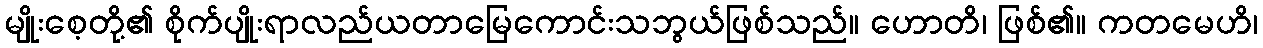
မျိုးစေ့တို့၏ စိုက်ပျိုးရာလည်ယတာမြေကောင်းသဘွယ်ဖြစ်သည်။ ဟောတိ၊ ဖြစ်၏။ ကတမေဟိ၊